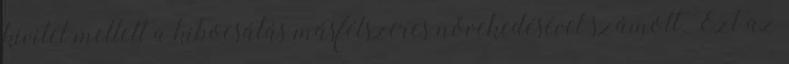
kivitel mellett a kibocsátás másfélszeres növekedésével számolt. Ezt az